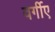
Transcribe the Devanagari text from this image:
वर्गीए